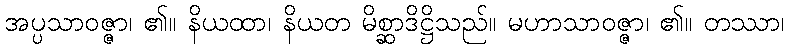
အပ္ပသာဝဇ္ဇာ၊ ၏။ နိယထာ၊ နိယတ မိစ္ဆာဒိဋ္ဌိသည်။ မဟာသာဝဇ္ဇာ၊ ၏။ တဿာ၊